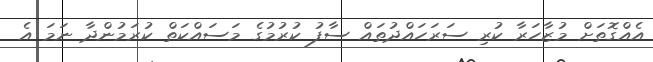
އެއްގޮތަށް މުޒާހަރާ ކުރި ސަރަހައްދުތައް ސާފު ކުރުމުގެ މަސައްކަތް ކުރަމުންދާ ނަމަ އެ